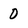
Character: 0